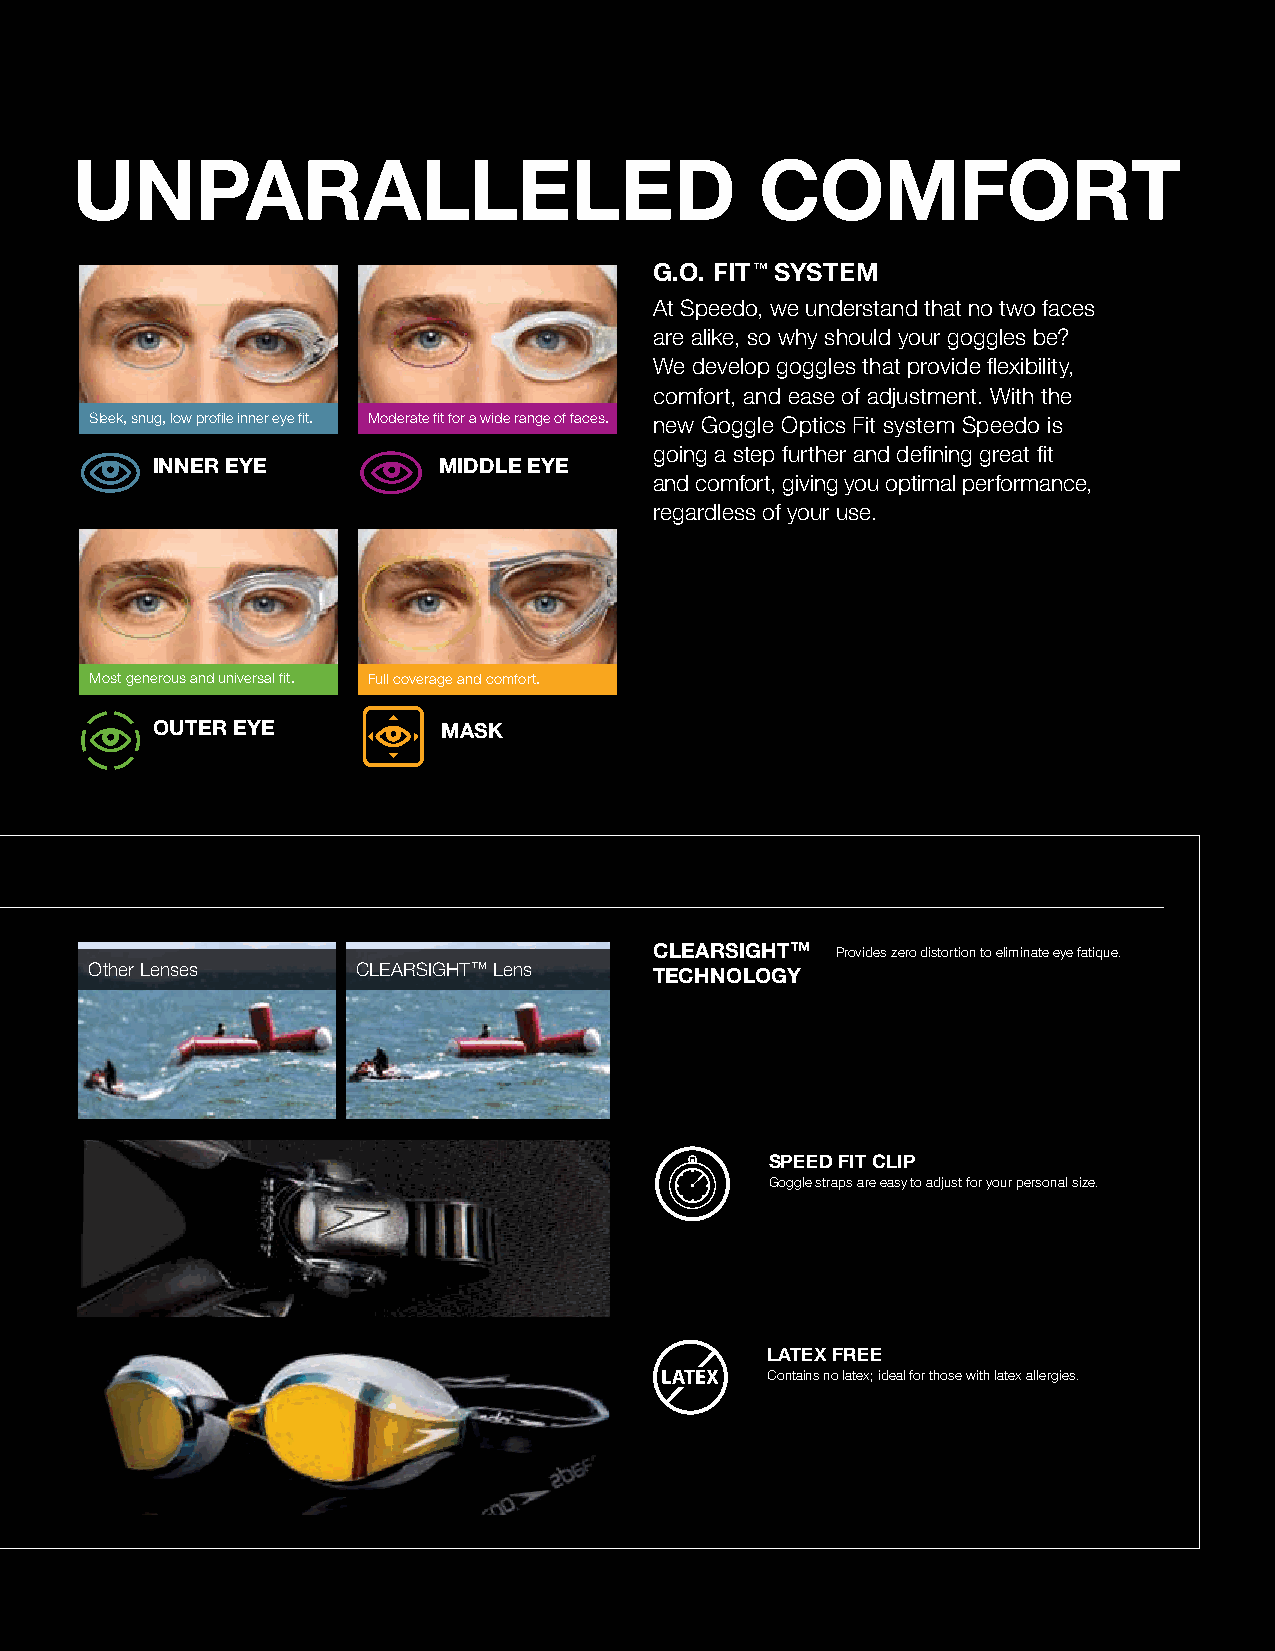
UNPARALLELED                                 COMFORT
 G.O. FIT™ SYSTEM
 At speedo, we understand that no two faces
 are alike, so why should your goggles be?
 We develop goggles that provide flexibility,
 comfort, and ease of adjustment. With the
 sleek, snug, low profile inner eye fit. Moderate fit for a wide range of faces. new Goggle optics Fit system speedo is
 going a step further and defining great fit
 INNER EYE          MIDDLE EYE
 and comfort, giving you optimal performance,
 regardless of your use.
 Most generous and universal fit. Full coverage and comfort.
 OUTER EYE          MASK
 CLEARSIGHT™ Provides zero distortion to eliminate eye fatique.
 other lenses      CleArsIGHT™ lens   TECHNOLOGY
 SPEED FIT CLIP
 Goggle straps are easy to adjust for your personal size.
 LATEX FREE
 Contains no latex; ideal for those with latex allergies.
 2019 FALL / EARLY BUY GoGGles | 55